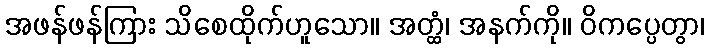
အဖန်ဖန်ကြား သိစေထိုက်ဟူသော။ အတ္ထံ၊ အနက်ကို။ ဝိကပ္ပေတွာ၊